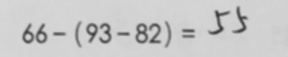
6 6 - ( 9 3 - 8 2 ) = 5 5